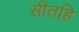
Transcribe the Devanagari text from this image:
सीतहि